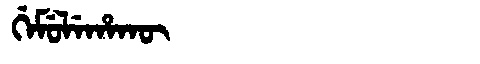
Manchu: ᡤᡝᠮᡠᠯᡝᡥᠠᡴᡡ
Romanization: GEMULEHAKŪ